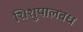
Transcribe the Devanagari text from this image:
शिशुपालबध